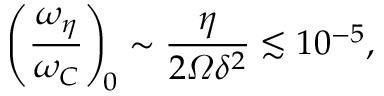
\left( \frac { \omega _ { \eta } } { \omega _ { C } } \right) _ { \! 0 } \sim \frac { \eta } { 2 \varOmega \delta ^ { 2 } } \lesssim 1 0 ^ { - 5 } ,